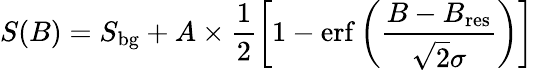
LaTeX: S(B)=S_{\mathrm{bg}}+A\times\frac{1}{2}\left[1-\mathrm{erf}\left(\frac{B-B_{\mathrm{res}}}{\sqrt{2}\sigma}\right)\right]